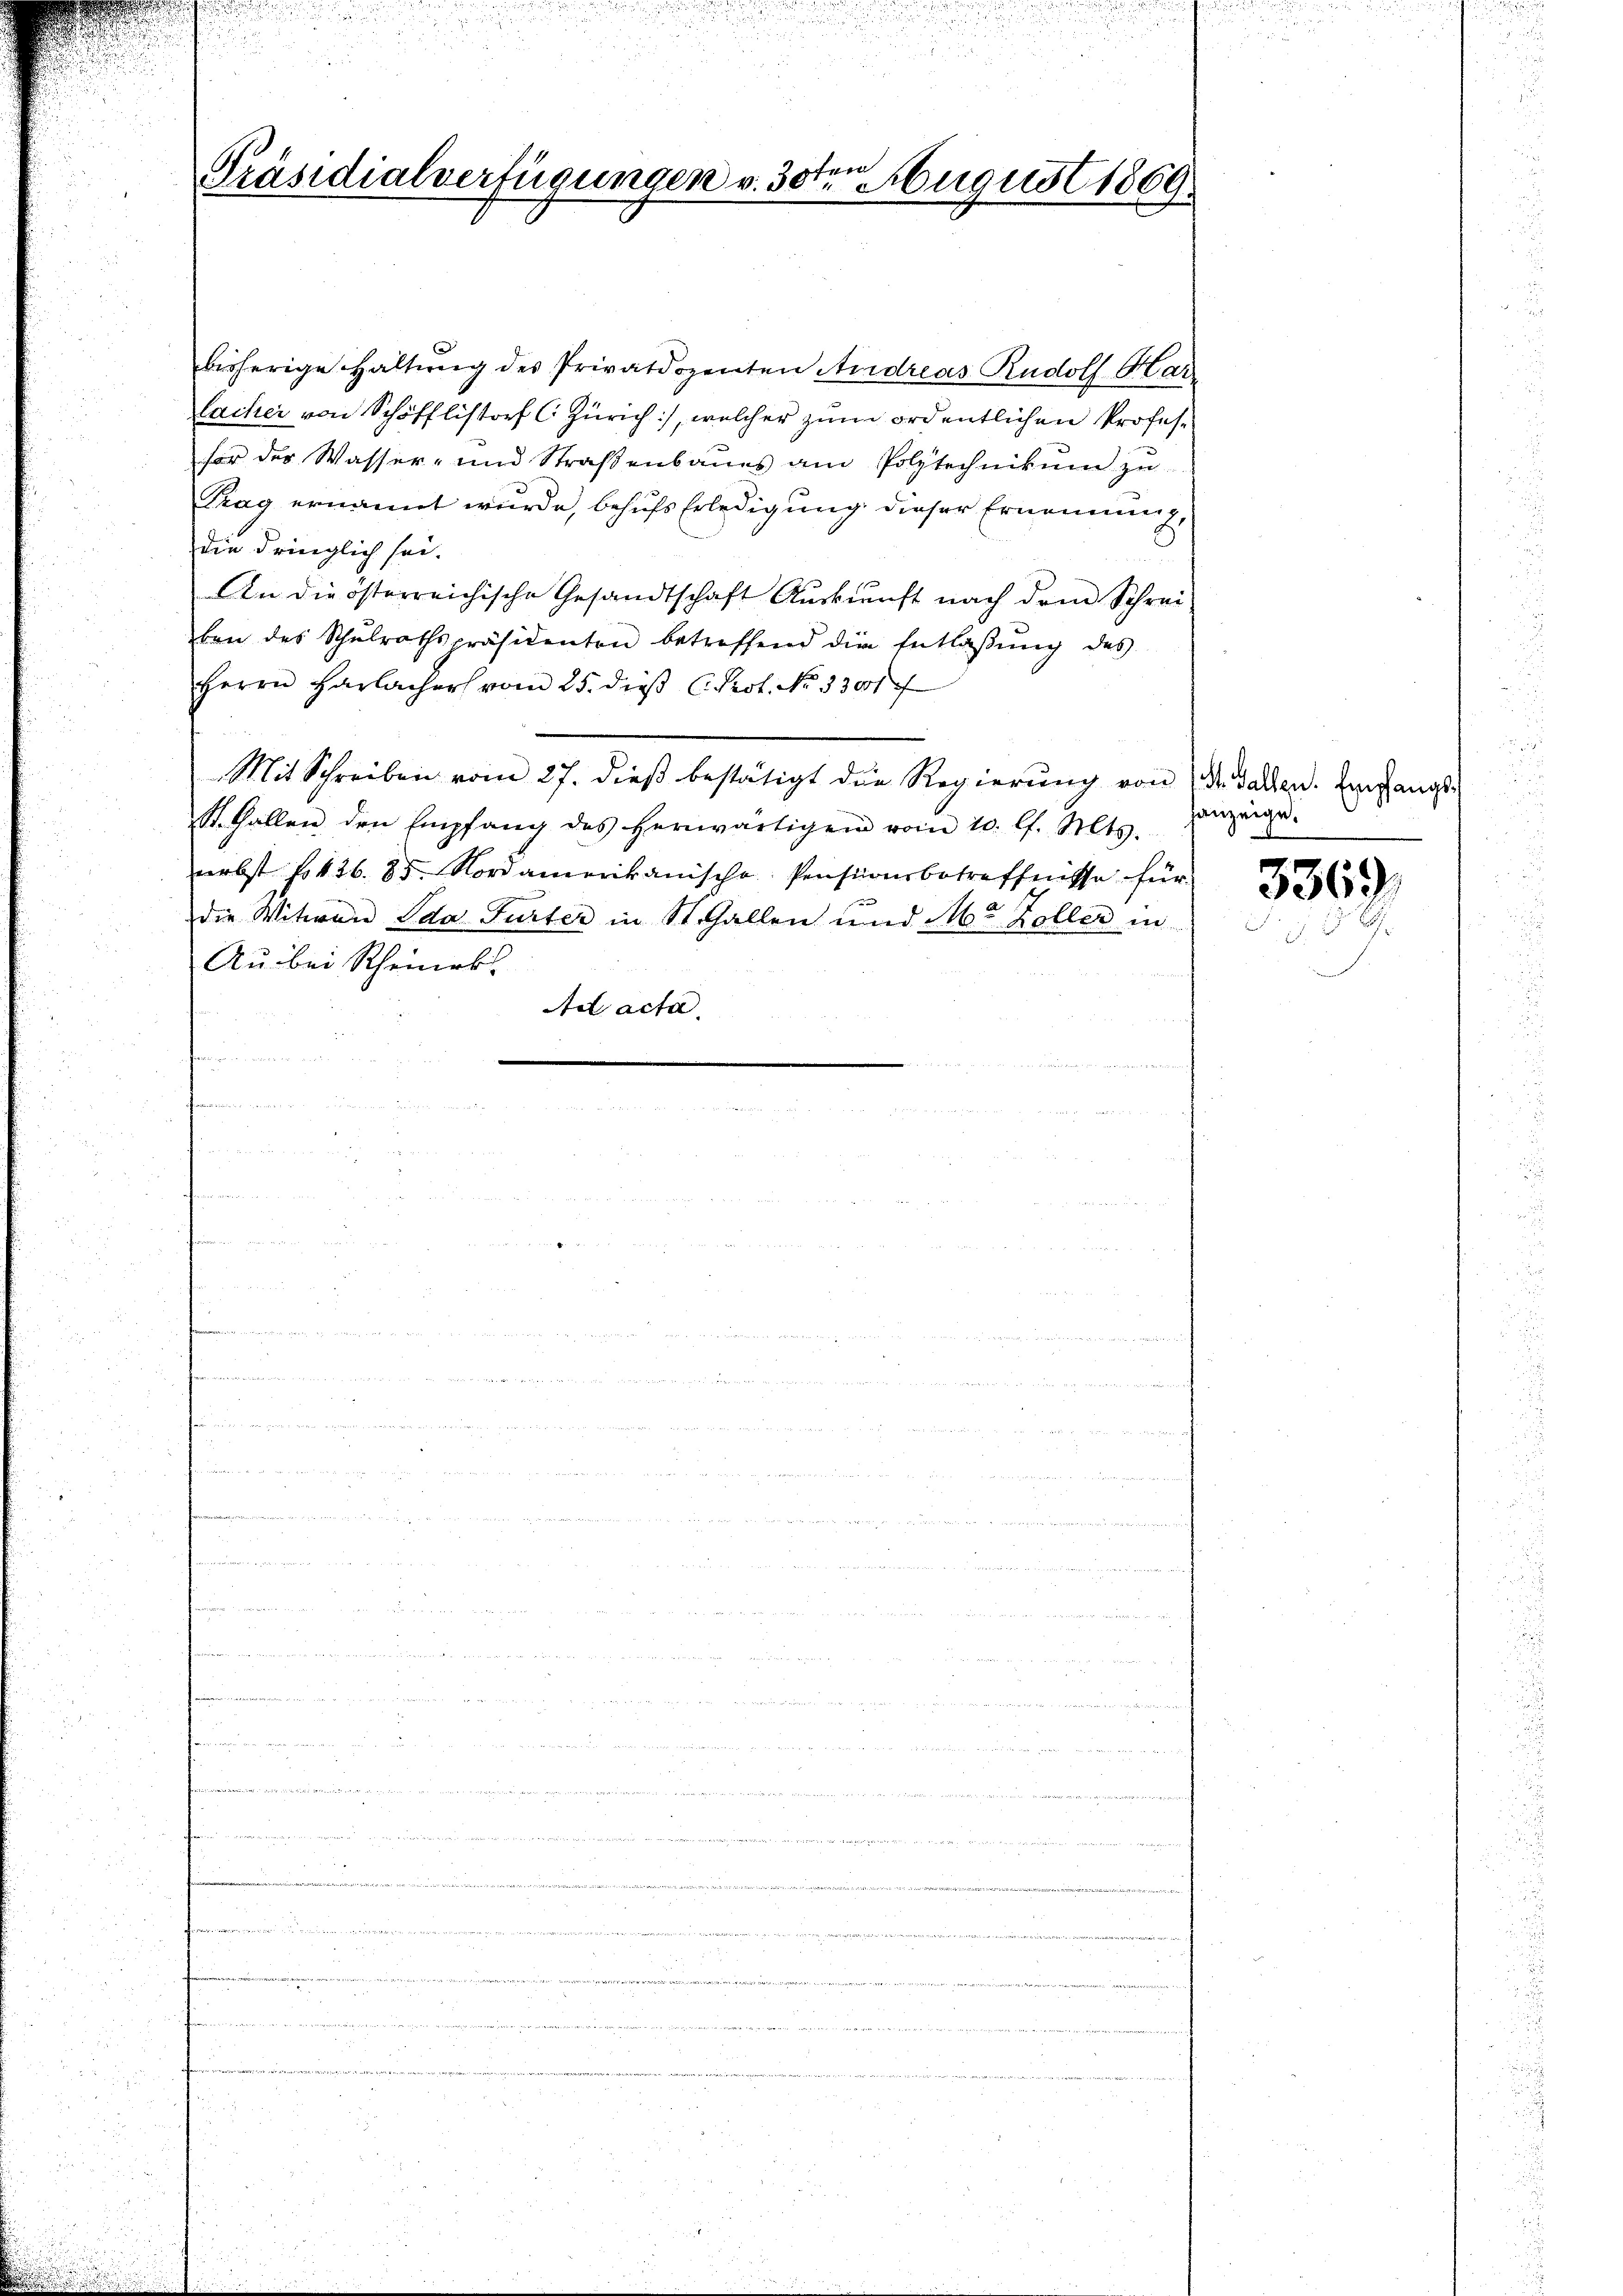
men
Präsidialverfügungen v. 30t August 1869

bisherige Haltung des Privatdozenten Andreas Rudolf Har
Cacher von Schöfflistorf (Zürich), welcher zum ordentlichen Profeshor des Wasser- und Straßenbaues am Polytechnikum zu
Thag ernannt wurde, behufs Erledigung dieser Ernennung,
die dringlich sei.
An die österreichische Gesandtschaft Aŭskŭnft nach dem Schrei-
ben des Schŭlrathspräsidenten betreffend die Entlaβŭng des
Herrn Harlacher vom 25. dieβ C. Prot. No 3301
Mit Schreiben vom 27. dieß bestätigt die Regierung von der Sachen. Empfangs¬
St. Gallen den Empfang des herwärtigen vom 10. lt. Mts.
nebst f. 426. 85. Nordamerikanische Pensionsbetreffnisse für
die Witwen Ida Furter in St. Gallen und M. Zoller in
Au bei Scheinek.
Ad acta.

anzeige.

3369.